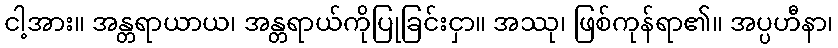
ငါ့အား။ အန္တရာယာယ၊ အန္တရာယ်ကိုပြုခြင်းငှာ။ အဿု၊ ဖြစ်ကုန်ရာ၏။ အပ္ပဟီနာ၊